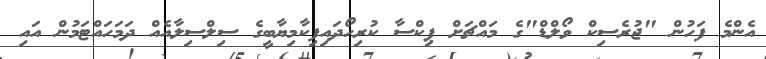
އެންމެ ފަހުން "ޖުރެސިކް ވޯލްޑް"ގެ މައްޗަށް ޕިކްސާ ކުރިހޯދައިފިކާމިޔާބީގެ ސިލްސިލާއެއް ދަމަހައްޓަމުން އައި